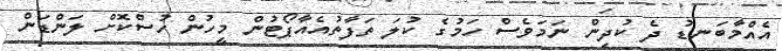
އެއްމާބަނޑު ދެ ކުދިން ނަމަވެސް ހަމުގެ ކުލަ ތަފާތުއެއާޕޯޓުން މީހުން ހުސްކޮށް ލަންޑަން